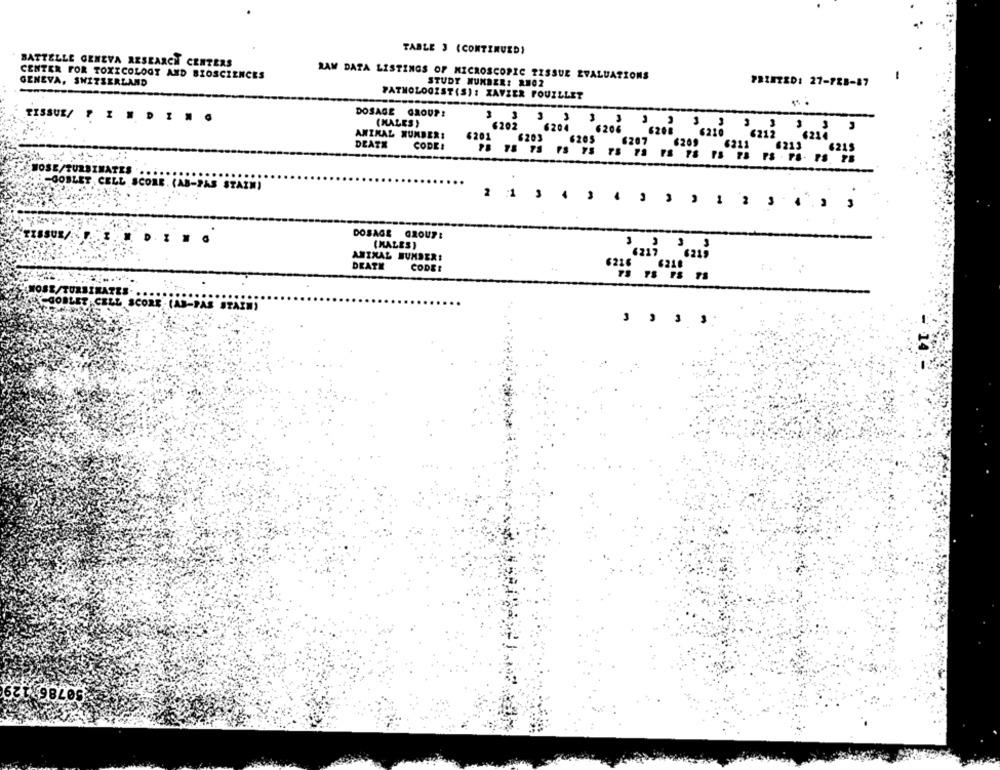
TABLE 3 (CONTINUED)
BATTELLE GENEVA RESEARCH CENTERS
CENTER FOR TOXICOLOGY AND BIOSCIENCES
RAW DATA LISTINGS OF MICROSCOPIC TISSUE EVALUATIONS
GENEVA, SWITZERLAND
STUDY NUMBER: R#02
PRINZED: 27-788-87
FATMOLOGIST(S): XAVIER FOUILLET
DOSAGE GROUP!
TISSUE/ FINDING
(MALES)
ANIMAL NUMBER:
DEATH
CODE:
6201
WOSE/TURBIMATES
-GOBLET, CELL SCORE. (AB-PAS STAIM)
"FISSUR/
DOSAGE GROUP:
....
(MALES)
ANIMAL BUMDERE
DEATE
CODEE
MOSE/TURBINA
PCGOBLET . CE
007863129